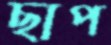
ছাপ